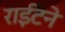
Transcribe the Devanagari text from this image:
राईटने